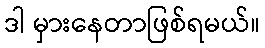
ဒါ မှားနေတာဖြစ်ရမယ်။